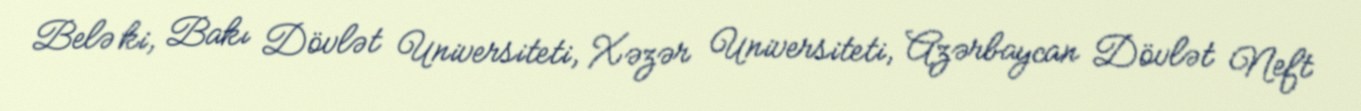
Belə ki, Bakı Dövlət Universiteti, Xəzər Universiteti, Azərbaycan Dövlət Neft